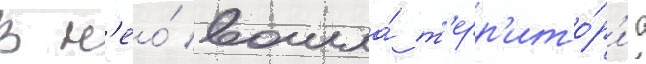
В н'ео́ вошла́ т'ерр'ито́р'иа